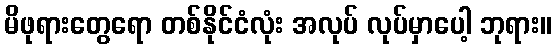
မိဖုရားတွေရော တစ်နိုင်ငံလုံး အလုပ် လုပ်မှာပေါ့ ဘုရား။